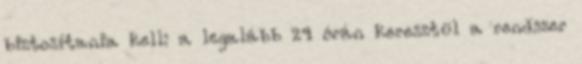
biztosítania kell: a legalább 24 órán keresztül a rendszer